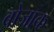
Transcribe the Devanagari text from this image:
बोजाक